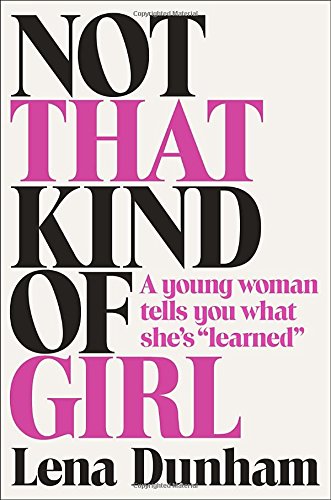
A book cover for Not That Kind of Girl: A Young Woman Tells You What She's "Learned"; Lena Dunham; Biographies & Memoirs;